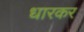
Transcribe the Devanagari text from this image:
धारकर